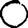
Digit: 0